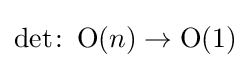
\det \colon \operatorname {O} (n)\rightarrow \operatorname {O} (1)